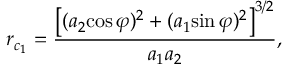
r _ { c _ { 1 } } = \frac { \left[ ( a _ { 2 } \mathrm { c o s } \, \varphi ) ^ { 2 } + ( a _ { 1 } \mathrm { s i n } \, \varphi ) ^ { 2 } \right] ^ { 3 / 2 } } { a _ { 1 } a _ { 2 } } ,